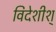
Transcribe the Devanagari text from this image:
विदेशीश्